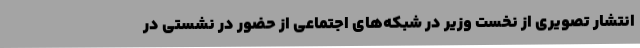
انتشار تصویری از نخست وزیر در شبکه‌های اجتماعی از حضور در نشستی در